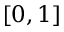
[ 0 , 1 ]